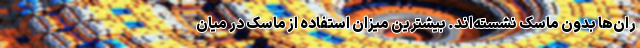
ران‌ها بدون ماسک نشسته‌اند. بیشترین میزان استفاده از ماسک در میان